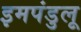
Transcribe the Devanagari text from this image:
इमपंडुलू